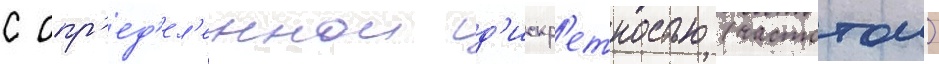
с опр'ед'ел'еннои д'искр'етностью (частотои)